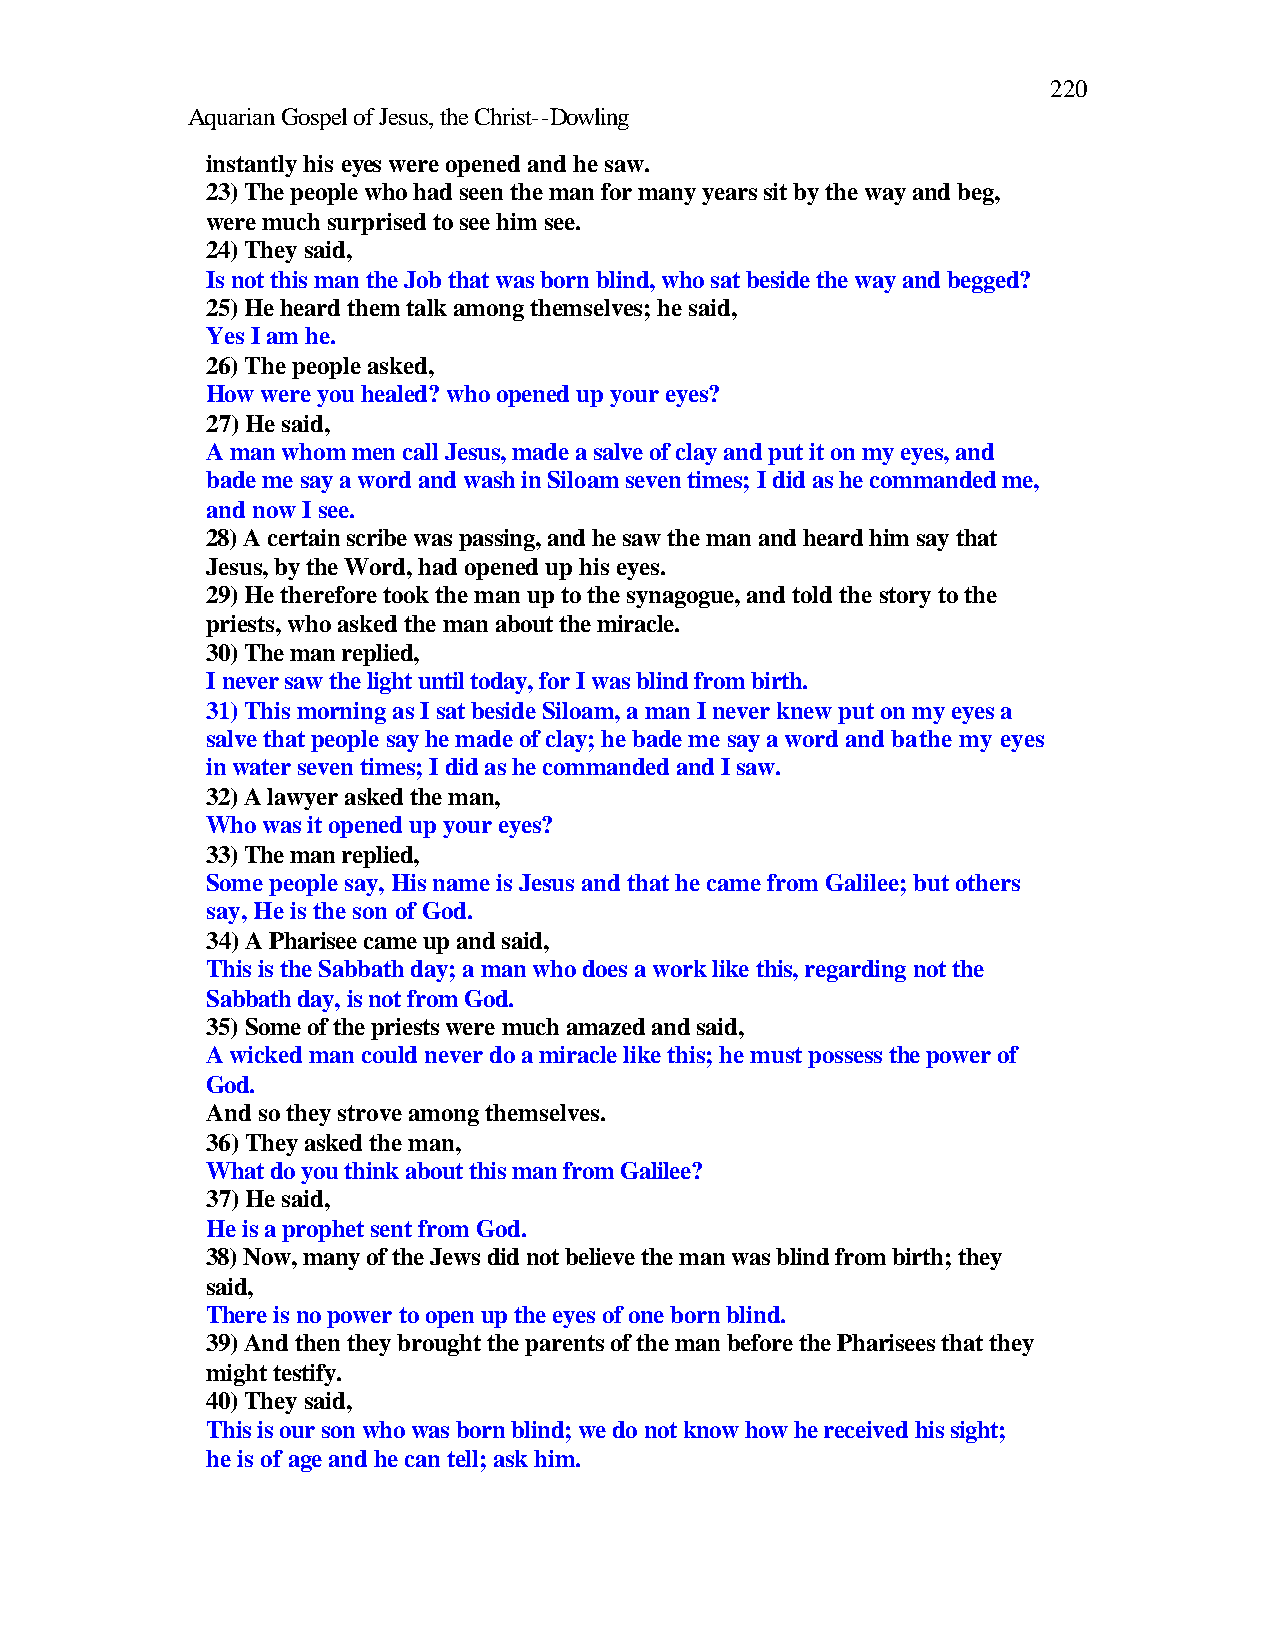
220
 Aquarian Gospel of Jesus, the Christ--Dowling
 instantly his eyes were opened and he saw.
 23) The people who had seen the man for many years sit by the way and beg,
 were much surprised to see him see.
 24) They said,
 Is not this man the Job that was born blind, who sat beside the way and begged?
 25) He heard them talk among themselves; he said,
 Yes I am he.
 26) The people asked,
 How were you healed? who opened up your eyes?
 27) He said,
 A man whom men call Jesus, made a salve of clay and put it on my eyes, and
 bade me say a word and wash in Siloam seven times; I did as he commanded me,
 and now I see.
 28) A certain scribe was passing, and he saw the man and heard him say that
 Jesus, by the Word, had opened up his eyes.
 29) He therefore took the man up to the synagogue, and told the story to the
 priests, who asked the man about the miracle.
 30) The man replied,
 I never saw the light until today, for I was blind from birth.
 31) This morning as I sat beside Siloam, a man I never knew put on my eyes a
 salve that people say he made of clay; he bade me say a word and bathe my eyes
 in water seven times; I did as he commanded and I saw.
 32) A lawyer asked the man,
 Who was it opened up your eyes?
 33) The man replied,
 Some people say, His name is Jesus and that he came from Galilee; but others
 say, He is the son of God.
 34) A Pharisee came up and said,
 This is the Sabbath day; a man who does a work like this, regarding not the
 Sabbath day, is not from God.
 35) Some of the priests were much amazed and said,
 A wicked man could never do a miracle like this; he must possess the power of
 God.
 And so they strove among themselves.
 36) They asked the man,
 What do you think about this man from Galilee?
 37) He said,
 He is a prophet sent from God.
 38) Now, many of the Jews did not believe the man was blind from birth; they
 said,
 There is no power to open up the eyes of one born blind.
 39) And then they brought the parents of the man before the Pharisees that they
 might testify.
 40) They said,
 This is our son who was born blind; we do not know how he received his sight;
 he is of age and he can tell; ask him.